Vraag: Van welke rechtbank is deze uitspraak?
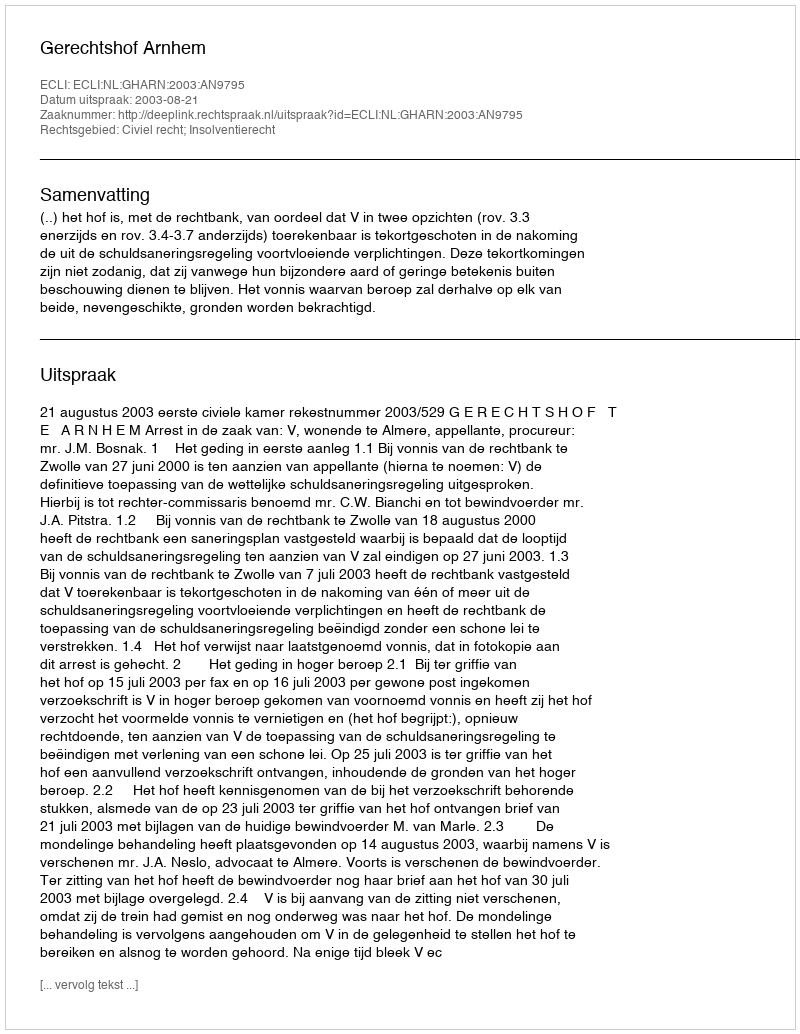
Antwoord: Gerechtshof Arnhem